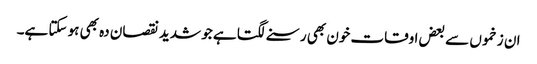
ان زخموں سے بعض اوقات خون بھی رسنے لگتا ہے جو شدید نقصان دہ بھی ہو سکتا ہے۔